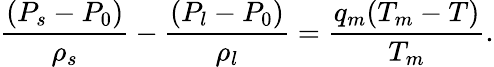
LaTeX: \frac{(P_{s}-P_{0})}{\rho_{s}}-\frac{(P_{l}-P_{0})}{\rho_{l}}=\frac{q_{m}(T_{m}-T)}{T_{m}}.